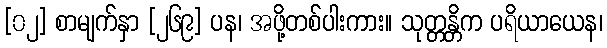
[၀၂] စာမျက်နှာ [၂၆၉] ပန၊ အဖို့တစ်ပါးကား။ သုတ္တန္တိက ပရိယာယေန၊